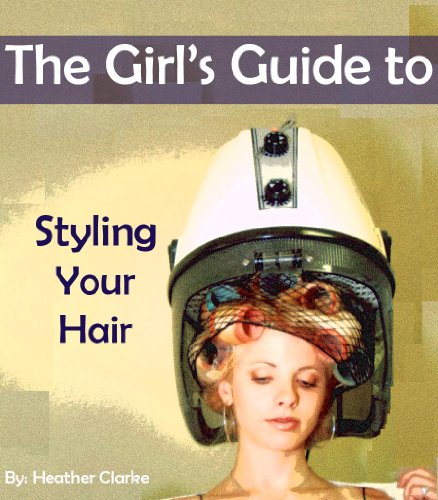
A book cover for The Girl's Guide to Styling Your Hair; Heather Clarke; Teen & Young Adult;